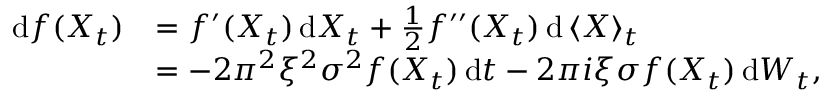
\begin{array} { r l } { \mathrm { d } f ( X _ { t } ) } & { = f ^ { \prime } ( X _ { t } ) \, \mathrm { d } X _ { t } + \frac { 1 } { 2 } f ^ { \prime \prime } ( X _ { t } ) \, \mathrm { d } \left< X \right> _ { t } } \\ & { = - 2 \pi ^ { 2 } \xi ^ { 2 } \sigma ^ { 2 } f ( X _ { t } ) \, \mathrm { d } t - 2 \pi i \xi \sigma f ( X _ { t } ) \, \mathrm { d } W _ { t } , } \end{array}